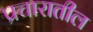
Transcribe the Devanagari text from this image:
प्रचारातील